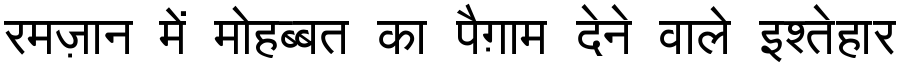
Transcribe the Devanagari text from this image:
रमज़ान में मोहब्बत का पैग़ाम देने वाले इश्तेहार